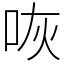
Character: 咴